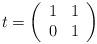
LaTeX: \begin{align*}t=\left( \begin{array}{cc}1 & 1\\0 & 1\end{array}\right)\end{align*}